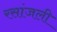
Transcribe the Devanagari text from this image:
रसांजली